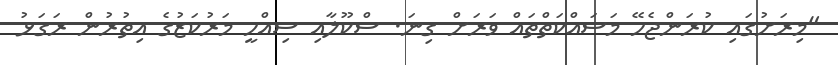
"މިރަށުގައި ކުރަންޖެހޭ މަސައްކަތްތައް ވަރަށް ގިނަ. ސްކޫލާއި ސިއްހީ މަރުކަޒުގެ އިތުރުން ރަގަޅު